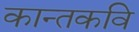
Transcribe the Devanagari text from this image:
कान्तकवि